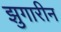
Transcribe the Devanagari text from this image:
झुगारीन